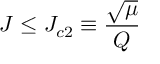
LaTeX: J \leq J _ { c 2 } \equiv \frac { \sqrt { \mu } } { Q }